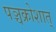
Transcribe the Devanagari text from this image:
पञ्चक्रोशात्